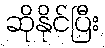
ဆိုနိုင်ပြီး